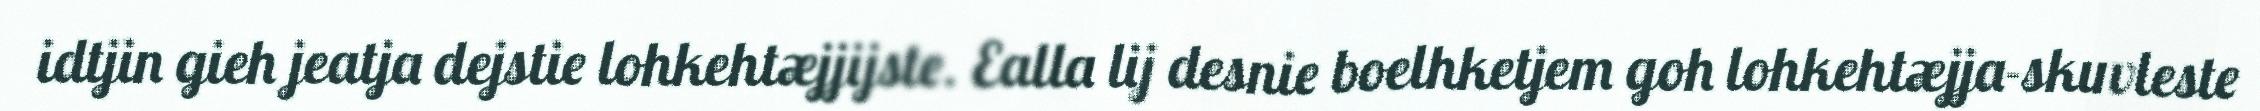
idtjin gieh jeatja dejstie lohkehtæjjijste. Ealla lij desnie boelhketjem goh lohkehtæjja-skuvleste